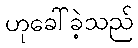
ဟုခေါ်ခဲ့သည်